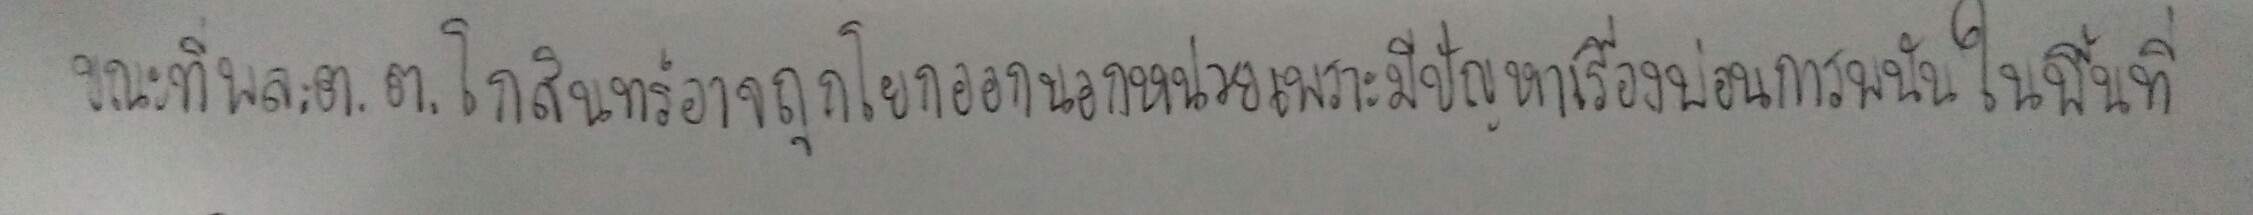
ขณะที่พล.ต.ต.โกสินทร์อาจจะถูกโยกออกนอกหน่วยเพราะมีปัญหาเรื่องบ่อนการพนันในพื้นที่